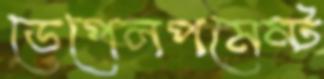
ডেপেলপমেন্ট